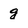
Character: g